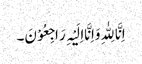
اِنَّا لِلّٰہِ وَاِنَّااِلَیْہِ رَاجِعُوْنَ۔